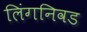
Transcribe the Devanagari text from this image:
लिंगनिवड